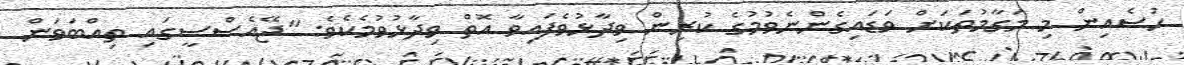
ހުސެއިން މި މަގާމުތަކަށް ވަޑައިގެންނެވުމުގެ ކުރިން ވިދާޅުވެފައިވާ އޮތް ވިދާޅުވުމެކެވެ: "ޖޭއެސްސީގައި ތިއްބަވަން